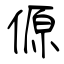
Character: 傆